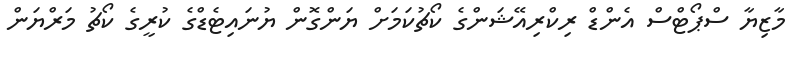
މާޒިޔާ ސްޕޯޓްސް އެންޑް ރިކްރިއޭޝަންގެ ކޯޗުކަމަށް ޔަންގޮން ޔުނައިޓެޑްގެ ކުރީގެ ކޯޗު މަރްޔަން